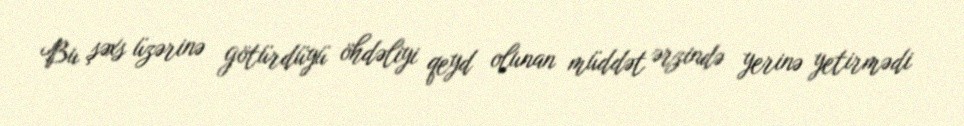
Bu şəxs üzərinə götürdüyü öhdəliyi qeyd olunan müddət ərzində yerinə yetirmədi